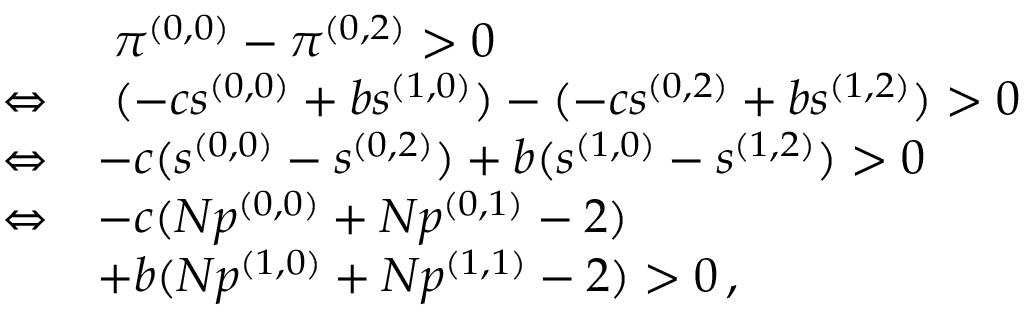
\begin{array} { r l } & { ~ \pi ^ { ( 0 , 0 ) } - \pi ^ { ( 0 , 2 ) } > 0 } \\ { \Leftrightarrow } & { ~ ( - c s ^ { ( 0 , 0 ) } + b s ^ { ( 1 , 0 ) } ) - ( - c s ^ { ( 0 , 2 ) } + b s ^ { ( 1 , 2 ) } ) > 0 } \\ { \Leftrightarrow } & { - c ( s ^ { ( 0 , 0 ) } - s ^ { ( 0 , 2 ) } ) + b ( s ^ { ( 1 , 0 ) } - s ^ { ( 1 , 2 ) } ) > 0 } \\ { \Leftrightarrow } & { - c ( N p ^ { ( 0 , 0 ) } + N p ^ { ( 0 , 1 ) } - 2 ) } \\ & { + b ( N p ^ { ( 1 , 0 ) } + N p ^ { ( 1 , 1 ) } - 2 ) > 0 \, , } \end{array}